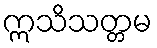
ဣသိသတ္တမ